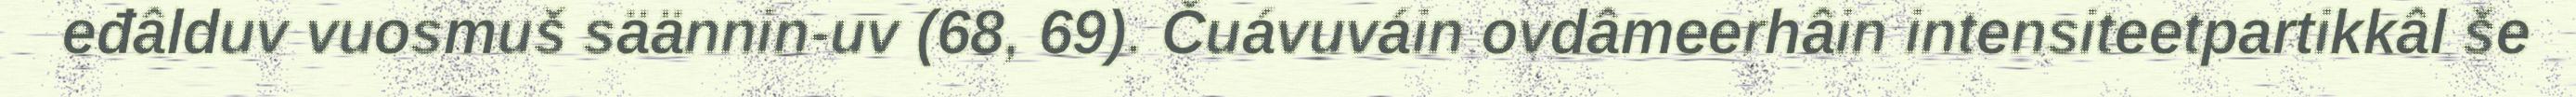
eđâlduv vuosmuš säännin-uv (68, 69). Čuávuváin ovdâmeerhâin intensiteetpartikkâl še